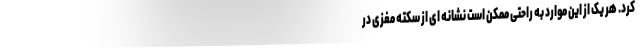
کرد. هر یک از این موارد به راحتی ممکن است نشانه ای از سکته مغزی در